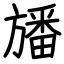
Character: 旙